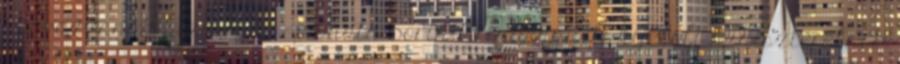
szavazzanak bizalmat” – mondta Sorin Grindeanu. A kijelölt miniszterelnök